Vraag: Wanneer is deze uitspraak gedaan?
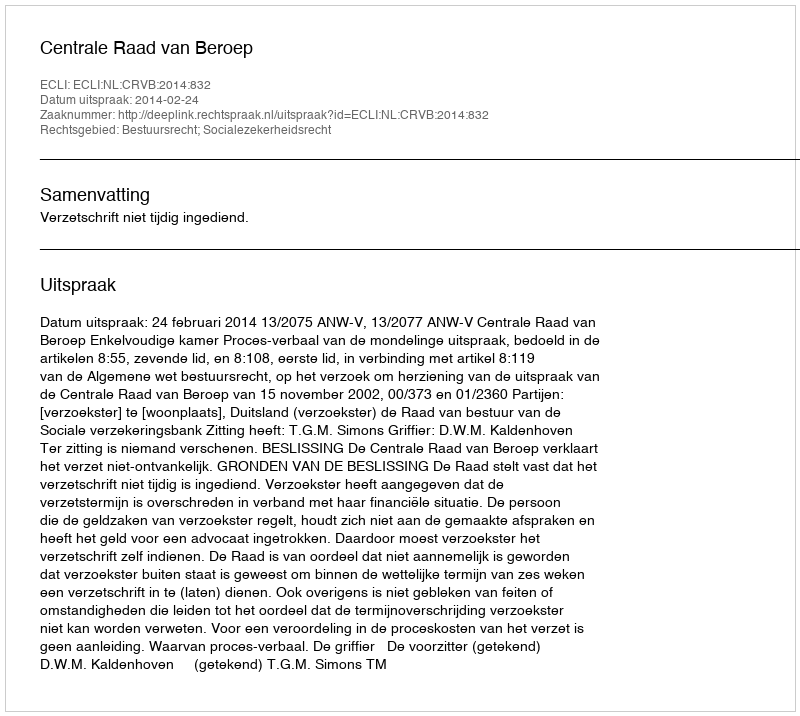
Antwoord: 2014-02-24